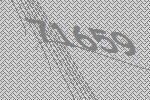
71659